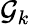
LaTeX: \mathcal{G}_{k}